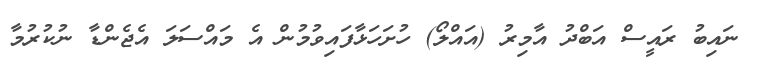
ނައިބު ރައީސް އަބްދު އާމިރު (އައްލޯ) ހުށަހަޅާފައިވުމުން އެ މައްސަލަ އެޖެންޑާ ނުކުރުމާ